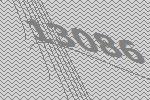
13086